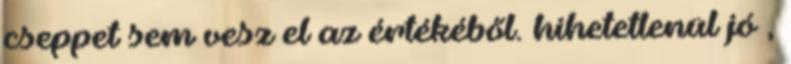
cseppet sem vesz el az értékéből. hihetetlenül jó ,